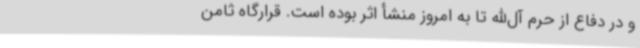
و در دفاع از حرم آل‌الله تا به امروز منشأ اثر بوده است. قرارگاه ثامن